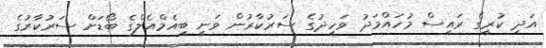
އަދި ކުރީގެ ރައީސް މުހައްމަދު ވަހީދުގެ ސަރުކާރުން ވަނީ ބީއެމްއެލްގެ ބޯޑަށް ސަރުކާރުގެ